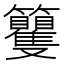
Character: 籰